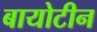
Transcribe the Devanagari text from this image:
बायोटीन